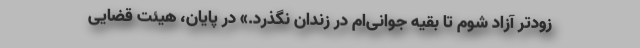
زودتر آزاد شوم تا بقیه جوانی‌ام در زندان نگذرد.» در پایان، هیئت قضایی